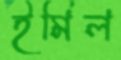
ইমিল